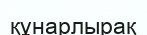
құнарлырақ